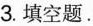
3.填空题。